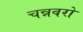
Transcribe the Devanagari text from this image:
चन्नवरो